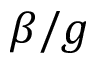
\beta / g